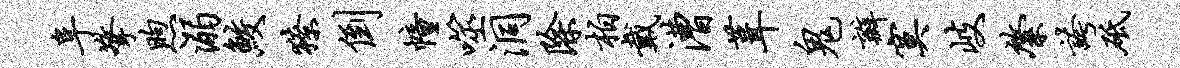
阜擎煦溺鲛獠倒幢噬洞除柏戴漕葺鬼瓣寞岐綮夸砥